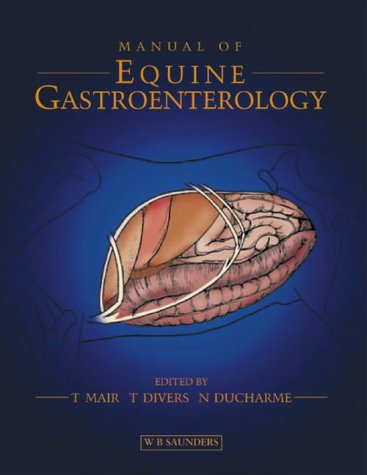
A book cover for Manual of Equine Gastroenterology; Tim Mair BVSC  PhD  DEIM  DESTS  DipECEIM  MRCVS  AssocECVDI; Medical Books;